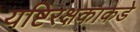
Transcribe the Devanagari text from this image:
यष्टिरक्षकाकडे